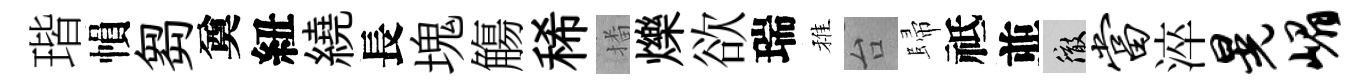
瑎𢄙芻奠紐繞長塊觴稀播爍欲瑞稚台歸祗並徹当淬晃嵋